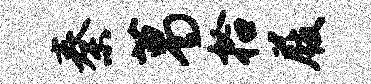
秦葛拾屐